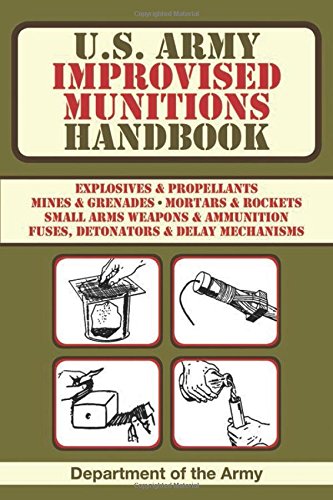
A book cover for U.S. Army Improvised Munitions Handbook; Army; Engineering & Transportation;